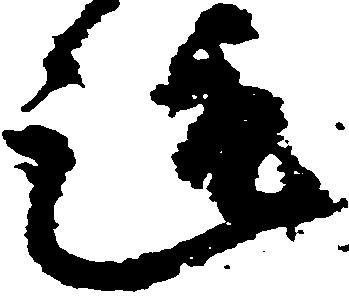
趣